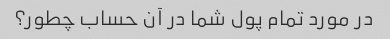
در مورد تمام پول شما در آن حساب چطور؟